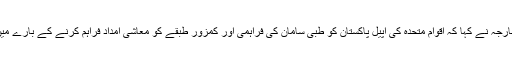
وزیر خارجہ نے کہا کہ اقوام متحدہ کی اپیل پاکستان کو طبی سامان کی فراہمی اور کمزور طبقے کو معاشی امداد فراہم کرنے کے بارے میں ہوگی۔